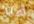
هيد